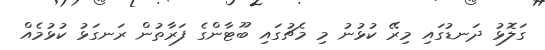
ގަލޮޅު ދަނޑުގައި މިރޭ ކުޅުނު މި މެޗުގައި ބޫޓާންގެ ފަރާތުން ރަނގަޅު ކުޅުމެއް